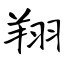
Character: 翔